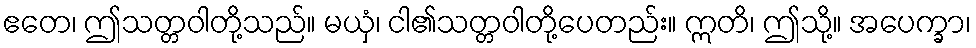
ဧတေ၊ ဤသတ္တဝါတို့သည်။ မယှံ၊ ငါ၏သတ္တဝါတို့ပေတည်း။ ဣတိ၊ ဤသို့။ အပေက္ခာ၊